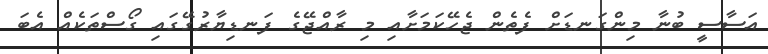
އަސާސީ ބުނާ މިންގަނޑަށް ފެތެން ޖެހޭކަމަށާއި މި ރާއްޖޭގެ ފަނޑިޔާރުގޭގައި ގޯސްތަކެއް އެބަ